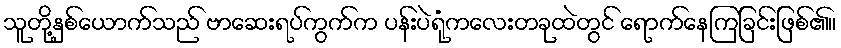
သူတို့နှစ်ယောက်သည် ဗာဆေးရပ်ကွက်က ပန်းပဲရုံကလေးတခုထဲတွင် ရောက်နေကြခြင်းဖြစ်၏။